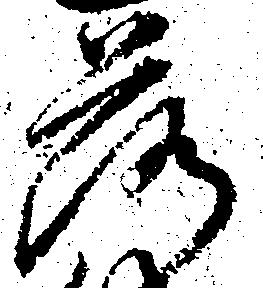
落